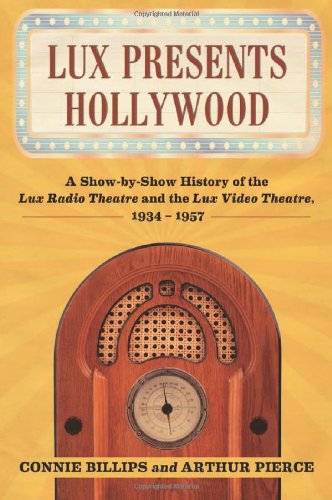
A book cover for Lux Presents Hollywood: A Show-by-Show History of the Lux Radio Theatre and the Lux Video Theatre, 1934-1957; Connie Billips; Humor & Entertainment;